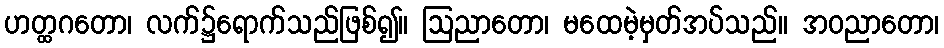
ဟတ္ထဂတော၊ လက်၌ရောက်သည်ဖြစ်၍။ ဩညာတော၊ မထေမဲ့မှတ်အပ်သည်။ အဝညာတော၊